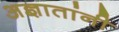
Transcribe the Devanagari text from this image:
अज्ञातांनी